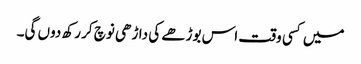
میں کسی وقت اس بوڑھے کی داڑھی نوچ کر رکھ دوں گی۔